Lunatic asylums Madras 1877-1891 - 1877-1891
Year: 1877
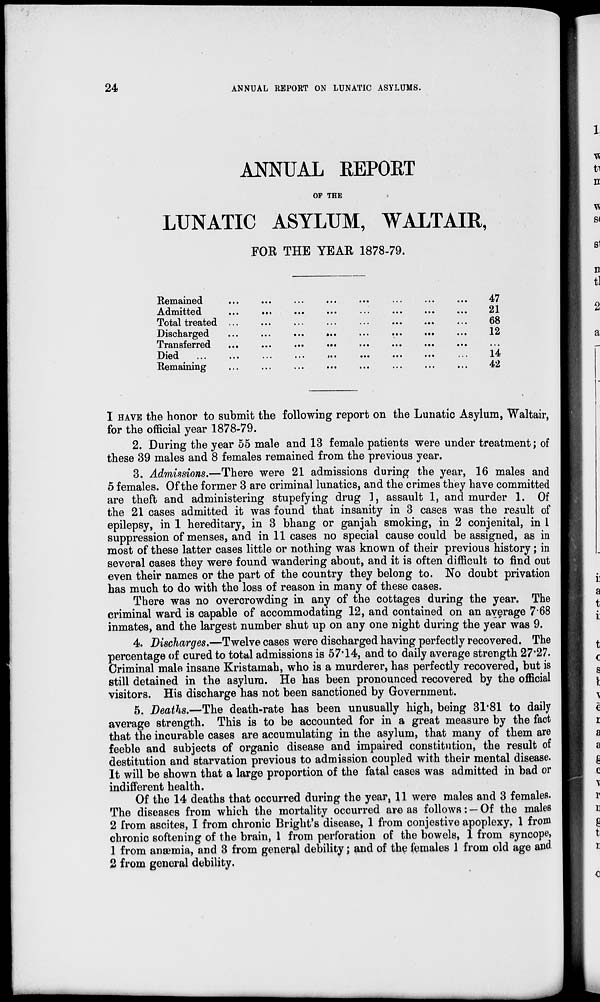
24
ANNUAL REPORT ON LUNATIC ASYLUMS.
ANNUAL REPORT
OF THE
LUNATIC ASYLUM, WALTAIR,
FOR THE YEAR 1878-79.
Remained ... ... ... ... ... ... ... ...
Admitted
...
...
...
...
...
...
...
...
Total treated
...
...
...
...
...
...
...
...
Discharged
...
...
...
...
...
...
...
...
Transferred
...
...
...
...
...
...
...
...
Died ... ... ... ... ... ... ... ... ...
Remaining ... ... ... ... ... ... ... ...
47
21
68
12
...
14
42
I HAVE the honor to submit the following report on the Lunatic Asylum, Waltair,
for the official year 1878-79.
2. During the year 55 male and 13 female patients were under treatment; of
these 39 males and 8 females remained from the previous year.
3. Admissions.—There were 21 admissions during the year, 16 males and
5 females. Of the former 3 are criminal lunatics, and the crimes they have committed
are theft and administering stupefying drug 1, assault 1, and murder 1. Of
the 21 cases admitted it was found that insanity in 3 cases was the result of
epilepsy, in 1 hereditary, in 3 bhang or ganjah smoking, in 2 conjenital, in 1
suppression of menses, and in 11 cases no special cause could be assigned, as in
most of these latter cases little or nothing was known of their previous history; in
several cases they were found wandering about, and it is often difficult to find out
even their names or the part of the country they belong to. No doubt privation
has much to do with the loss of reason in many of these cases.
There was no overcrowding in any of the cottages during the year. The
criminal ward is capable of accommodating 12, and contained on an average 7.68
inmates, and the largest number shut up on any one night during the year was 9.
4. Discharges.—Twelve cases were discharged having perfectly recovered. The
percentage of cured to total admissions is 57.14, and to daily average strength 27.27.
Criminal male insane Kristamah, who is a murderer, has perfectly recovered, but is
still detained in the asylum. He has been pronounced recovered by the official
visitors. His discharge has not been sanctioned by Government.
5. Deaths.—The death-rate has been unusually high, being 31.81 to daily
average strength. This is to be accounted for in a great measure by the fact
that the incurable cases are accumulating in the asylum, that many of them are
feeble and subjects of organic disease and impaired constitution, the result of
destitution and starvation previous to admission coupled with their mental disease.
It will be shown that a large proportion of the fatal cases was admitted in bad or
indifferent health.
Of the 14 deaths that occurred during the year, 11 were males and 3 females.
The diseases from which the mortality occurred are as follows : — Of the males
2 from ascites, I from chronic Bright's disease, 1 from conjestive apoplexy, 1 from
chronic softening of the brain, 1 from perforation of the bowels, 1 from syncope,
1 from anæmia, and 3 from general debility; and of the females 1 from old age and
2 from general debility.